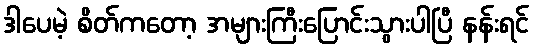
ဒါပေမဲ့ စိတ်ကတော့ အများကြီးပြောင်းသွားပါပြီ နန်းရင်